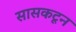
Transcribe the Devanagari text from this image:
सासकटून